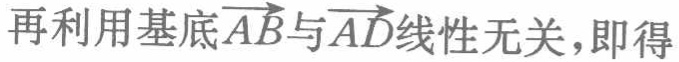
再利用基底\(\overrightarrow{AB}\)与\(\overrightarrow{AD}\)线性无关，即得